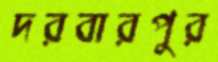
দরবারপুর